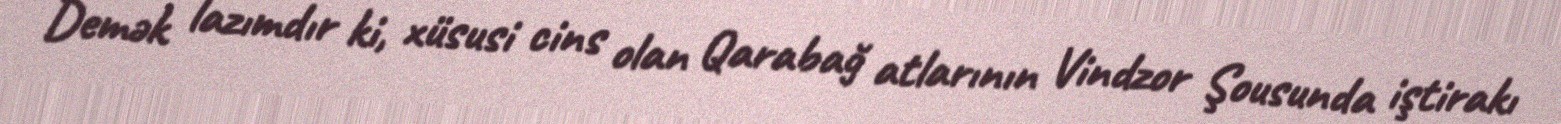
Demək lazımdır ki, xüsusi cins olan Qarabağ atlarının Vindzor Şousunda iştirakı